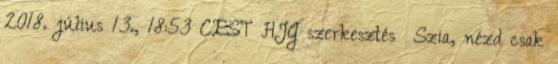
2018. július 13., 18:53 CEST HJG szerkesztés Szia, nézd csak